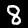
Digit: 8